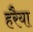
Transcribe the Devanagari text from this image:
हरैया